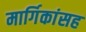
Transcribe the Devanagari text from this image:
मार्गिकांसह